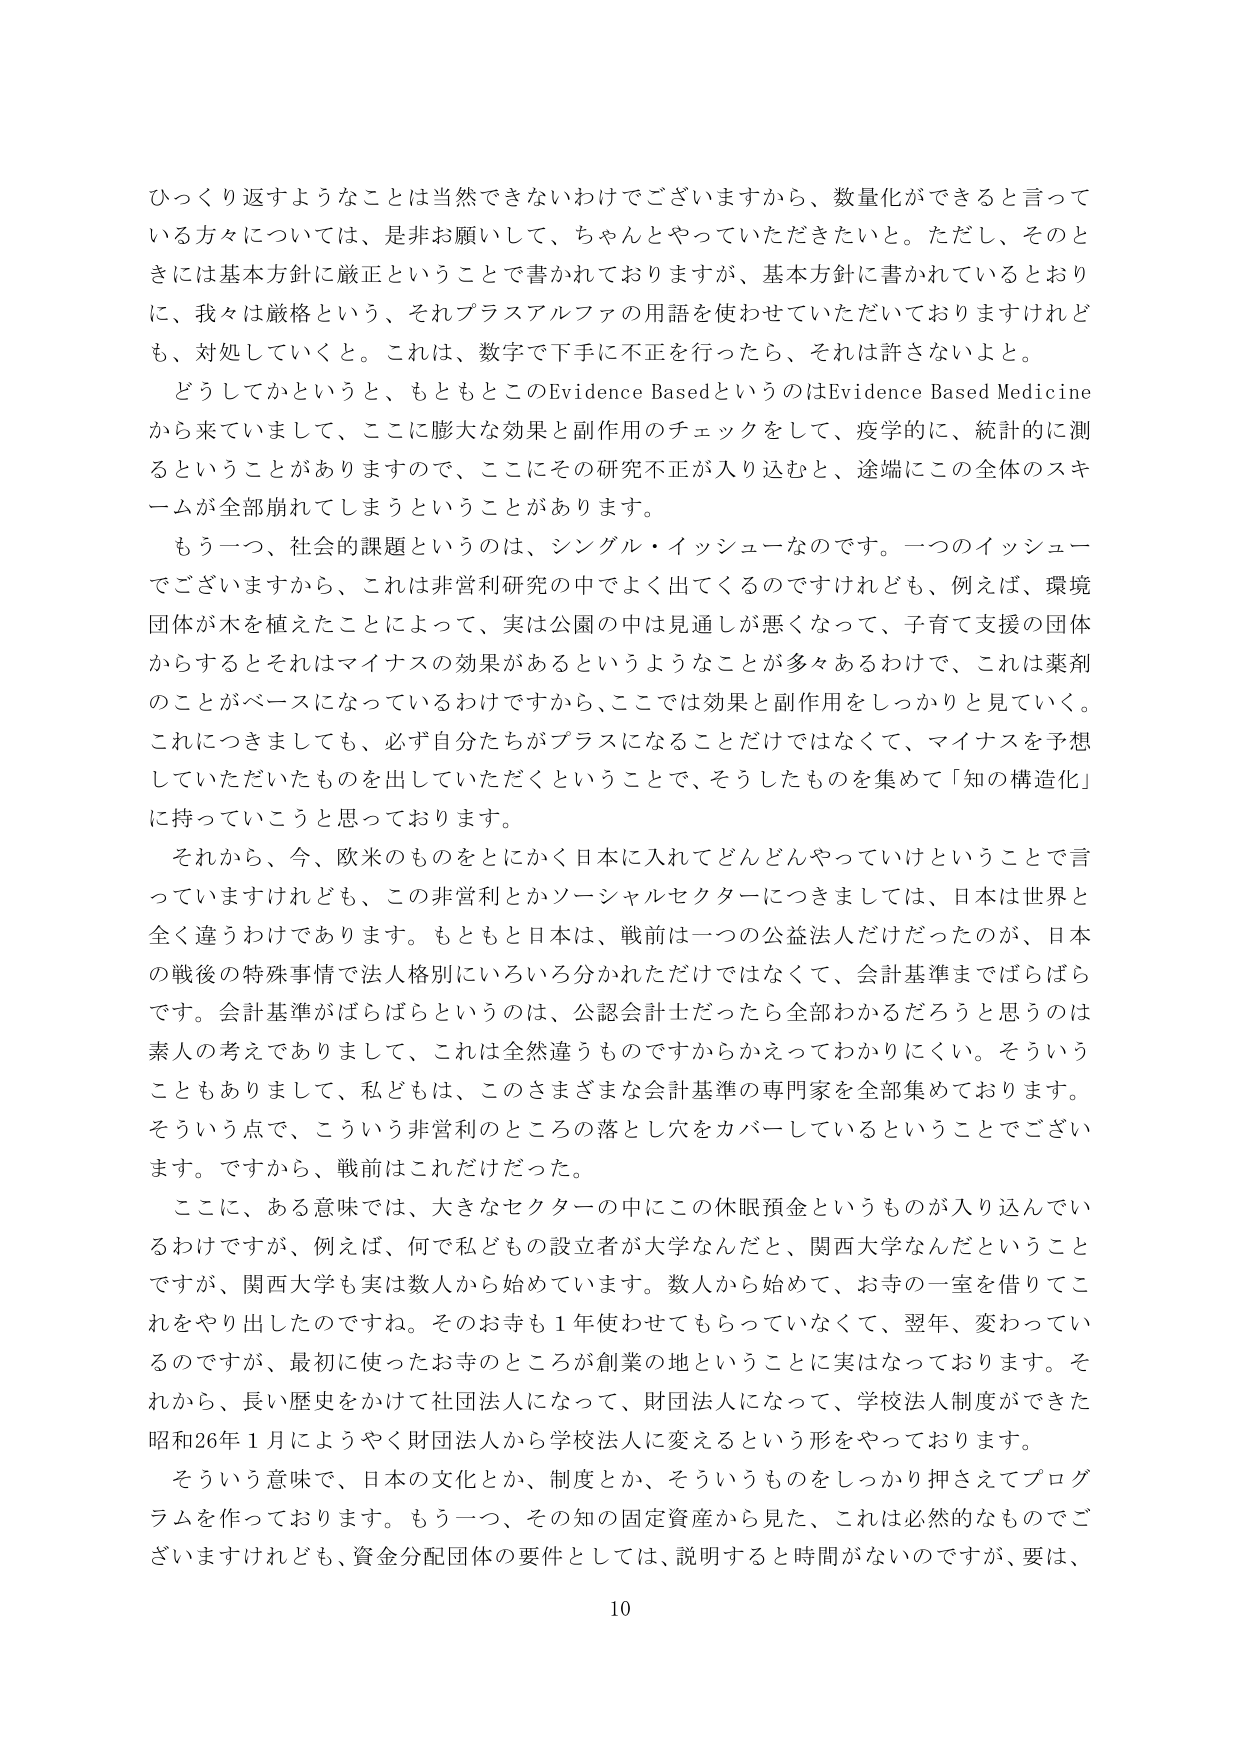
ひっくり返すようなことは当然できないわけでございますから、数量化ができると言って
いる方々については、是非お願いして、ちゃんとやっていただきたいと。ただし、そのと
きには基本方針に厳正ということで書かれておりますが、基本方針に書かれているとおり
に、我々は厳格という、それプラスアルファの用語を使わせていただいておりますけれど
も、対処していくと。これは、数字で下手に不正を行ったら、それは許さないよと。
どうしてかというと、もともとこのEvidence BasedというのはEvidence Based Medicine
から来ていまして、ここに膨大な効果と副作用のチェックをして、疫学的に、統計的に測
るということがありますので、ここにその研究不正が入り込むと、途端にこの全体のスキ
ームが全部崩れてしまうということがあります。
もう一つ、社会的課題というのは、シングル・イッシューなのです。一つのイッシュー
でございますから、これは非営利研究の中でよく出てくるのですけれども、例えば、環境
団体が木を植えたことによって、実は公園の中は見通しが悪くなって、子育て支援の団体
からするとそれはマイナスの効果があるというようなことが多々あるわけで、これは薬剤
のことがベースになっているわけですから、ここでは効果と副作用をしっかり見ていく。
これにつきましても、必ず自分たちがプラスになることだけではなくて、マイナスを予想
していただいたものを出していただくということで、そうしたものを集めて「知の構造化」
に持っていこうと思っております。
それから、今、欧米のものをとにかく日本に入れてどんどんやっていけということで言
っていますけれども、この非営利とかソーシャルセクターにつきましては、日本は世界と
全く違うわけであります。もともと日本は、戦前は一つの公益法人だけだったのが、日本
の戦後の特殊事情で法人格別にいろいろ分かれただけではなくて、会計基準までばらばら
です。会計基準がばらばらというのは、公認会計士だったら全部わかるだろうと思うのは
素人の考えでありまして、これは全然違うものですからかえってわかりにくい。そういう
こともありまして、私どもは、このさまざまな会計基準の専門家を全部集めております。
そういう点で、こういう非営利のところの落とし穴をカバーしているということでござい
ます。ですから、戦前はこれだけだった。
ここに、ある意味では、大きなセクターの中にこの休眠預金というものが入り込んでい
るわけですが、例えば、何で私どもの設立者が大学なんだとか、関西大学なんだということ
ですが、関西大学も実は数人から始めていきます。数人から始めて、お寺の一室を借りてこ
れをやり出したのですね。そのお寺も１年使わせてもらっていなくて、翌年、変わっているのですが、最初に使ったお寺のところが創業の地ということに実はなっております。そ
れから、長い歴史をかけて社団法人になって、財団法人になって、学校法人制度ができた
昭和26年１月によりやく財団法人から学校法人に変えるという形をやっております。
そういう意味で、日本の文化とか、制度とか、そういうものをしっかり押さえてプログ
ラムを作っております。もう一つ、その知の固定資産から見た、これは必然的なものでご
ざいますけれども、資金分配団体の要件としては、説明すると時間がないのですが、要は、
10